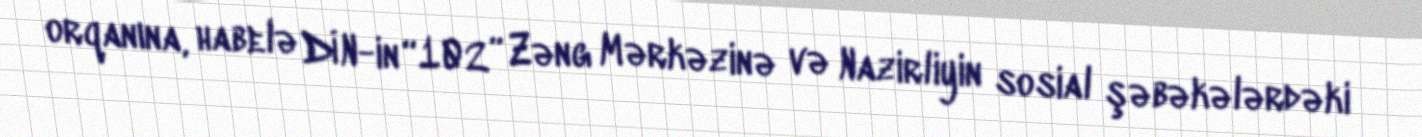
orqanına, habelə DİN-in “102” Zəng Mərkəzinə və Nazirliyin sosial şəbəkələrdəki